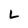
Character: L